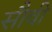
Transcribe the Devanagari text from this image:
सौवी